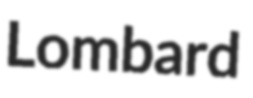
Lombard